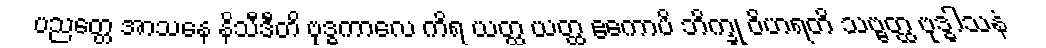
ပညတ္တေ အာသနေ နိသီဒီတိ ဗုဒ္ဓကာလေ ကိရ ယတ္ထ ယတ္ထ ဧကောပိ ဘိက္ခု ဝိဟရတိ သဗ္ဗတ္ထ ဗုဒ္ဓါသနံ